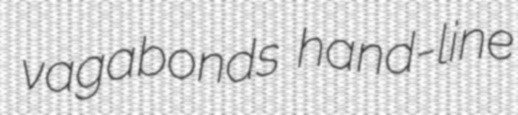
vagabonds hand-line